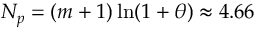
N _ { p } = ( m + 1 ) \ln ( 1 + \theta ) \approx 4 . 6 6